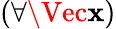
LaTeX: (\forall\Vec{\mathbf{x}})